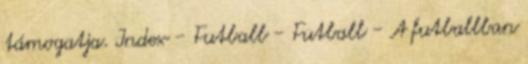
támogatja. Index - Futball - Futball - A futballban